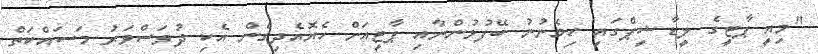
"މިއީ ޕާޓީގެ ލީޑާޝިޕްގައި ހިމެނުނު ބޭފުޅުންނާއި ޕާޓީއަށް ހެޔޮއެދިގެން އެކި ދުވަސްވަރު މަސައްކަތް